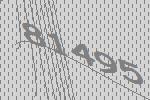
81495